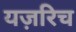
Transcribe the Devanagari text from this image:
यज़रिच